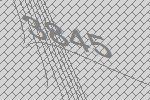
3845